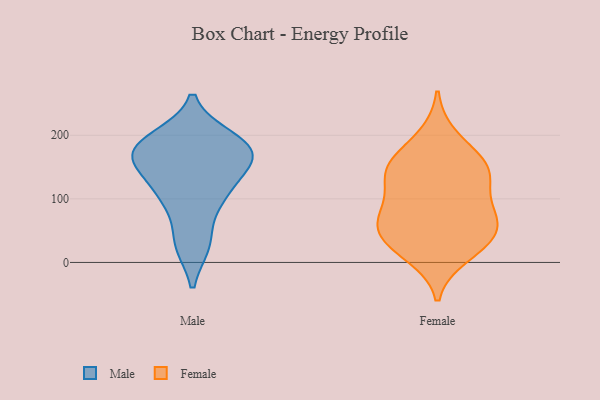
{"axis": {"x": "Temperature (°C)", "y": "Value"}, "legend": ["Female", "Male"], "data": [{"x": "", "y": 151, "type": "Male"}, {"x": "", "y": 168, "type": "Male"}, {"x": "", "y": 161, "type": "Male"}, {"x": "", "y": 29, "type": "Male"}, {"x": "", "y": 195, "type": "Male"}, {"x": "", "y": 188, "type": "Male"}, {"x": "", "y": 100, "type": "Male"}, {"x": "", "y": 190, "type": "Male"}, {"x": "", "y": 108, "type": "Male"}, {"x": "", "y": 30, "type": "Male"}, {"x": "", "y": 160, "type": "Male"}, {"x": "", "y": 174, "type": "Male"}, {"x": "", "y": 106, "type": "Male"}, {"x": "", "y": 154, "type": "Female"}, {"x": "", "y": 81, "type": "Female"}, {"x": "", "y": 27, "type": "Female"}, {"x": "", "y": 35, "type": "Female"}, {"x": "", "y": 12, "type": "Female"}, {"x": "", "y": 80, "type": "Female"}, {"x": "", "y": 134, "type": "Female"}, {"x": "", "y": 151, "type": "Female"}, {"x": "", "y": 74, "type": "Female"}, {"x": "", "y": 197, "type": "Female"}, {"x": "", "y": 151, "type": "Female"}, {"x": "", "y": 55, "type": "Female"}, {"x": "", "y": 48, "type": "Female"}, {"x": "", "y": 132, "type": "Female"}]}